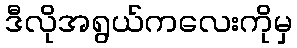
ဒီလိုအရွယ်ကလေးကိုမှ